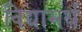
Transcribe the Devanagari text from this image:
विद्यामर्थं